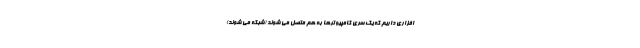
افزاری داریم که یک سری کامپیوترها به هم متصل می شوند (شبکه می شوند)